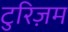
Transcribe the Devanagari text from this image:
टुरिज़म